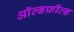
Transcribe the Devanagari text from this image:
ऑल्डफ़ील्ड